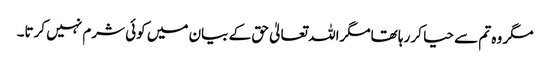
مگر وہ تم سے حیا کر رہا تھامگراللہ تعالیٰ حق کے بیان میں کوئی شرم نہیں کرتا۔